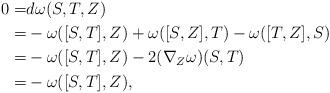
LaTeX: \begin{align*}0=&d\omega(S,T,Z)\\=&-\omega([S,T],Z)+\omega([S,Z],T)-\omega([T,Z],S)\\=&-\omega([S,T],Z)-2(\nabla_Z\omega)(S,T)\\=&-\omega([S,T],Z),\\\end{align*}